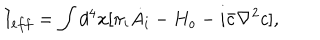
I _ { e f f } = \int d ^ { 4 } x [ \pi _ { i } \dot { A _ { i } } - H _ { o } - i \bar { c } \nabla ^ { 2 } c ] ,